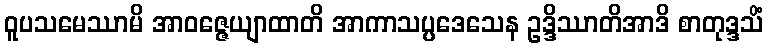
ဝူပသမေဿာမိ အာဝဇ္ဇေယျာထာတိ အာကာသပ္ပဒေသေန ဥဒ္ဒိဿာတိအာဒိ စာတုဒ္ဒသိံ